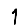
Digit: 1